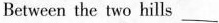
Between the two hills ___